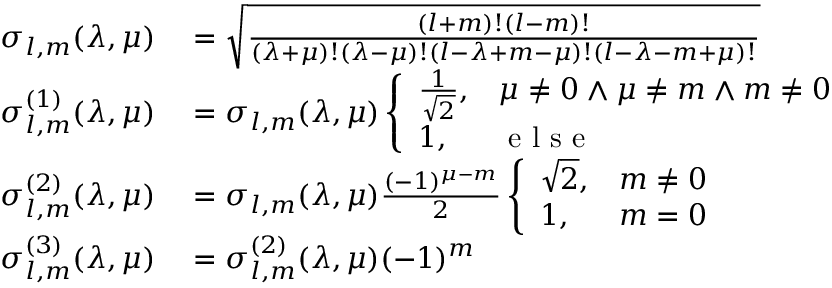
\begin{array} { r l } { \sigma _ { l , m } ( \lambda , \mu ) } & { { } = \sqrt { \frac { ( l + m ) ! ( l - m ) ! } { ( \lambda + \mu ) ! ( \lambda - \mu ) ! ( l - \lambda + m - \mu ) ! ( l - \lambda - m + \mu ) ! } } } \\ { \sigma _ { l , m } ^ { ( 1 ) } ( \lambda , \mu ) } & { { } = \sigma _ { l , m } ( \lambda , \mu ) \left\{ \begin{array} { l l } { \frac { 1 } { \sqrt { 2 } } , } & { \mu \neq 0 \land \mu \neq m \land m \neq 0 } \\ { 1 , } & { \textup { e l s e } } \end{array} \right. } \\ { \sigma _ { l , m } ^ { ( 2 ) } ( \lambda , \mu ) } & { { } = \sigma _ { l , m } ( \lambda , \mu ) \frac { ( - 1 ) ^ { \mu - m } } { 2 } \left\{ \begin{array} { l l } { \sqrt { 2 } , } & { m \neq 0 } \\ { 1 , } & { m = 0 } \end{array} \right. } \\ { \sigma _ { l , m } ^ { ( 3 ) } ( \lambda , \mu ) } & { { } = \sigma _ { l , m } ^ { ( 2 ) } ( \lambda , \mu ) ( - 1 ) ^ { m } } \end{array}